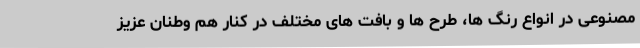
مصنوعی در انواع رنگ ها، طرح ها و بافت های مختلف در کنار هم وطنان عزیز